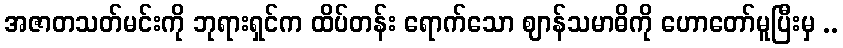
အဇာတသတ်မင်းကို ဘုရားရှင်က ထိပ်တန်း ရောက်သော ဈာန်သမာဓိကို ဟောတော်မူပြီးမှ ..